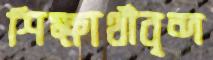
শিক্ষার্থীবৃন্দ